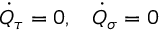
\begin{array} { c c } { { \dot { Q } _ { \tau } = 0 , } } & { { \dot { Q } _ { \sigma } = 0 } } \end{array}